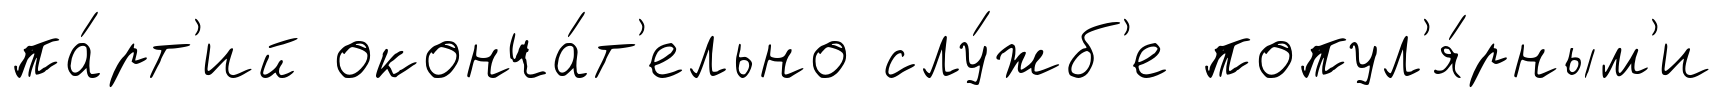
па́рт'ий оконча́т'ельно слу́жб'е попул'я́рным'и